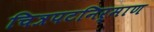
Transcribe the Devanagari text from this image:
चित्रपटनिर्माण